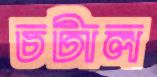
চটাল